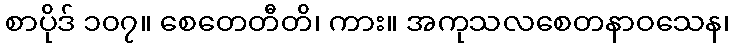
စာပိုဒ် ၁၀၇။ စေတေတီတိ၊ ကား။ အကုသလစေတနာဝသေန၊